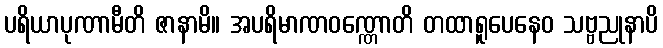
ပရိယာပုဏာမီတိ ဇာနာမိ။ အပရိမာဏဝဏ္ဏောတိ တထာရူပေနေဝ သဗ္ဗညုနာပိ